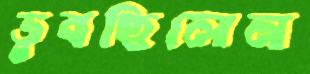
ডুবছিলেন